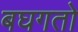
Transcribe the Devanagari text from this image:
बघगतो